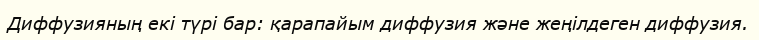
Диффузияның екі түрі бар: қарапайым диффузия жəне жеңілдеген диффузия.